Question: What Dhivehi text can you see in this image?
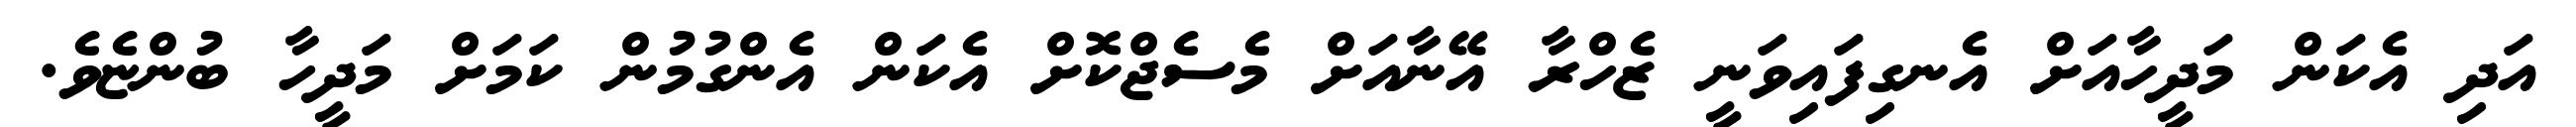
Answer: އަދި އެކަން މަދީހާއަށް އެނގިފައިވަނީ ޒެހްރާ އޭނާއަށް މެސެޖްކޮށް އެކަން އެންގުމުން ކަމަށް މަދީހާ ބުންޏެވެ.